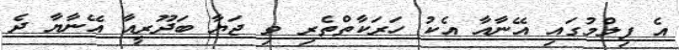
އެ ފިލްމުގައި އޭނާއާ އެކު ހަރަކާތްތެރި ވި ޖަޔާ ބަދޫރީއާ އޭނާޔާ ދެ